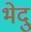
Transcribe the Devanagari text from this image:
भेदु